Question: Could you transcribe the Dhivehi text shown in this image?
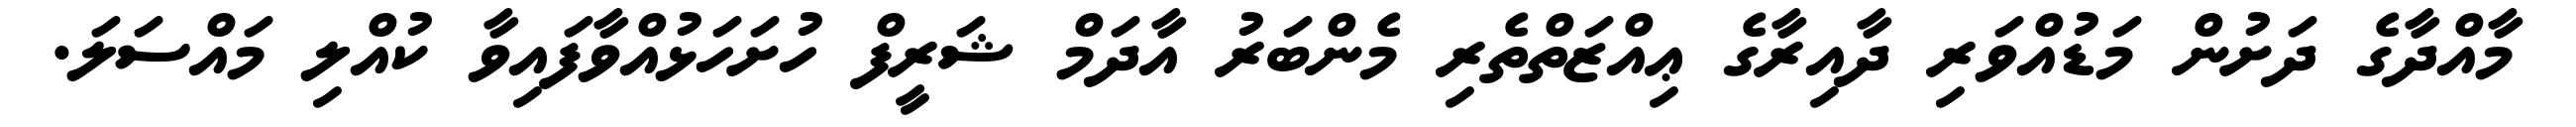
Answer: މާއްދާގެ ދަށުން މަޑުއްވަރި ދާއިރާގެ ޢިއްޒަތްތެރި މެންބަރު އާދަމް ޝަރީފް ހުށަހަޅުއްވާފައިވާ ކުއްލި މައްސަލަ.